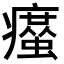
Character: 𤻠